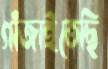
গাঁজাইতেছি